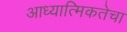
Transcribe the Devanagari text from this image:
आध्यात्मिकतेचा